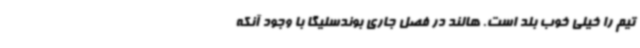
تیم را خیلی خوب بلد است. هالند در فصل جاری بوندسلیگا با وجود آنکه